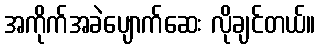
အကိုက်အခဲပျောက်ဆေး လိုချင်တယ်။